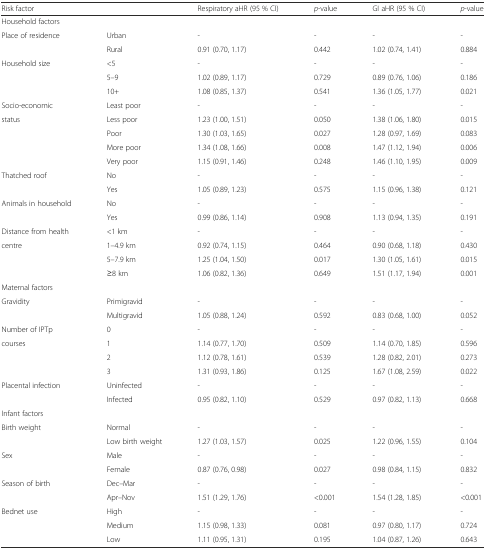
<table><thead><tr><td><b>Risk factor</b></td><td></td><td><b>Respiratory aHR (95 % CI)</b></td><td><b><i>p</i>-value</b></td><td><b>GI aHR (95 % CI)</b></td><td><b><i>p</i>-value</b></td></tr></thead><tbody><tr><td colspan="6">Household factors</td></tr><tr><td>Place of residence</td><td>Urban</td><td>-</td><td>-</td><td>-</td><td>-</td></tr><tr><td></td><td>Rural</td><td>0.91 (0.70, 1.17)</td><td>0.442</td><td>1.02 (0.74, 1.41)</td><td>0.884</td></tr><tr><td>Household size</td><td>&lt;5</td><td>-</td><td>-</td><td>-</td><td>-</td></tr><tr><td></td><td>5–9</td><td>1.02 (0.89, 1.17)</td><td>0.729</td><td>0.89 (0.76, 1.06)</td><td>0.186</td></tr><tr><td></td><td>10+</td><td>1.08 (0.85, 1.37)</td><td>0.541</td><td>1.36 (1.05, 1.77)</td><td>0.021</td></tr><tr><td>Socio-economic</td><td>Least poor</td><td>-</td><td>-</td><td>-</td><td>-</td></tr><tr><td>status</td><td>Less poor</td><td>1.23 (1.00, 1.51)</td><td>0.050</td><td>1.38 (1.06, 1.80)</td><td>0.015</td></tr><tr><td></td><td>Poor</td><td>1.30 (1.03, 1.65)</td><td>0.027</td><td>1.28 (0.97, 1.69)</td><td>0.083</td></tr><tr><td></td><td>More poor</td><td>1.34 (1.08, 1.66)</td><td>0.008</td><td>1.47 (1.12, 1.94)</td><td>0.006</td></tr><tr><td></td><td>Very poor</td><td>1.15 (0.91, 1.46)</td><td>0.248</td><td>1.46 (1.10, 1.95)</td><td>0.009</td></tr><tr><td>Thatched roof</td><td>No</td><td>-</td><td>-</td><td>-</td><td>-</td></tr><tr><td></td><td>Yes</td><td>1.05 (0.89, 1.23)</td><td>0.575</td><td>1.15 (0.96, 1.38)</td><td>0.121</td></tr><tr><td>Animals in household</td><td>No</td><td>-</td><td>-</td><td>-</td><td>-</td></tr><tr><td></td><td>Yes</td><td>0.99 (0.86, 1.14)</td><td>0.908</td><td>1.13 (0.94, 1.35)</td><td>0.191</td></tr><tr><td>Distance from health</td><td>&lt;1 km</td><td>-</td><td>-</td><td>-</td><td>-</td></tr><tr><td>centre</td><td>1–4.9 km</td><td>0.92 (0.74, 1.15)</td><td>0.464</td><td>0.90 (0.68, 1.18)</td><td>0.430</td></tr><tr><td></td><td>5–7.9 km</td><td>1.25 (1.04, 1.50)</td><td>0.017</td><td>1.30 (1.05, 1.61)</td><td>0.015</td></tr><tr><td></td><td>≥8 km</td><td>1.06 (0.82, 1.36)</td><td>0.649</td><td>1.51 (1.17, 1.94)</td><td>0.001</td></tr><tr><td colspan="6">Maternal factors</td></tr><tr><td>Gravidity</td><td>Primigravid</td><td>-</td><td>-</td><td>-</td><td>-</td></tr><tr><td></td><td>Multigravid</td><td>1.05 (0.88, 1.24)</td><td>0.592</td><td>0.83 (0.68, 1.00)</td><td>0.052</td></tr><tr><td>Number of IPTp</td><td>0</td><td>-</td><td>-</td><td>-</td><td>-</td></tr><tr><td>courses</td><td>1</td><td>1.14 (0.77, 1.70)</td><td>0.509</td><td>1.14 (0.70, 1.85)</td><td>0.596</td></tr><tr><td></td><td>2</td><td>1.12 (0.78, 1.61)</td><td>0.539</td><td>1.28 (0.82, 2.01)</td><td>0.273</td></tr><tr><td></td><td>3</td><td>1.31 (0.93, 1.86)</td><td>0.125</td><td>1.67 (1.08, 2.59)</td><td>0.022</td></tr><tr><td>Placental infection</td><td>Uninfected</td><td>-</td><td>-</td><td>-</td><td>-</td></tr><tr><td></td><td>Infected</td><td>0.95 (0.82, 1.10)</td><td>0.529</td><td>0.97 (0.82, 1.13)</td><td>0.668</td></tr><tr><td colspan="6">Infant factors</td></tr><tr><td>Birth weight</td><td>Normal</td><td>-</td><td>-</td><td>-</td><td>-</td></tr><tr><td></td><td>Low birth weight</td><td>1.27 (1.03, 1.57)</td><td>0.025</td><td>1.22 (0.96, 1.55)</td><td>0.104</td></tr><tr><td>Sex</td><td>Male</td><td>-</td><td>-</td><td>-</td><td>-</td></tr><tr><td></td><td>Female</td><td>0.87 (0.76, 0.98)</td><td>0.027</td><td>0.98 (0.84, 1.15)</td><td>0.832</td></tr><tr><td>Season of birth</td><td>Dec–Mar</td><td>-</td><td>-</td><td>-</td><td>-</td></tr><tr><td></td><td>Apr–Nov</td><td>1.51 (1.29, 1.76)</td><td>&lt;0.001</td><td>1.54 (1.28, 1.85)</td><td>&lt;0.001</td></tr><tr><td>Bednet use</td><td>High</td><td>-</td><td>-</td><td>-</td><td>-</td></tr><tr><td></td><td>Medium</td><td>1.15 (0.98, 1.33)</td><td>0.081</td><td>0.97 (0.80, 1.17)</td><td>0.724</td></tr><tr><td></td><td>Low</td><td>1.11 (0.95, 1.31)</td><td>0.195</td><td>1.04 (0.87, 1.26)</td><td>0.643</td></tr></tbody></table>